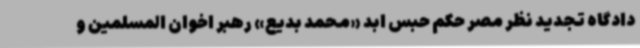
دادگاه تجدید نظر مصر حکم حبس ابد «محمد بدیع» رهبر اخوان المسلمین و